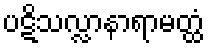
ပဋိသလ္လာနာရာမတ္ထံ